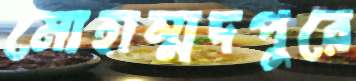
মোহাম্মদপুরে